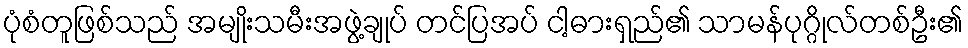
ပုံစံတူဖြစ်သည် အမျိုးသမီးအဖွဲ့ချုပ် တင်ပြအပ် ငါ့ဓားရှည်၏ သာမန်ပုဂ္ဂိုလ်တစ်ဦး၏